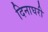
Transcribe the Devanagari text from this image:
दिनाघरी